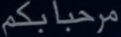
مرحباًبكم